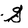
Character: G